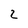
Character: 2